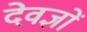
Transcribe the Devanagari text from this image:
देवज्ञों